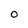
Character: 0